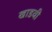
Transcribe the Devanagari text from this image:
खाडवी